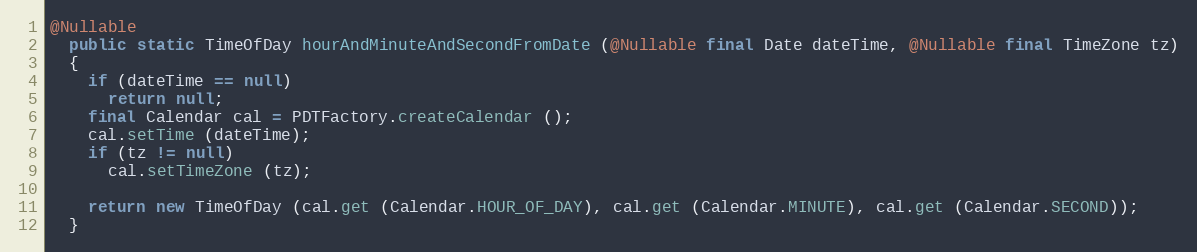
Language: Java
@Nullable
  public static TimeOfDay hourAndMinuteAndSecondFromDate (@Nullable final Date dateTime, @Nullable final TimeZone tz)
  {
    if (dateTime == null)
      return null;
    final Calendar cal = PDTFactory.createCalendar ();
    cal.setTime (dateTime);
    if (tz != null)
      cal.setTimeZone (tz);

    return new TimeOfDay (cal.get (Calendar.HOUR_OF_DAY), cal.get (Calendar.MINUTE), cal.get (Calendar.SECOND));
  }